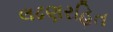
લઢણરહિત